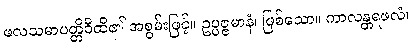
ဖလသမာပတ္တိဝီထိ၏ အစွမ်းဖြင့်။ ဥပ္ပဇ္ဇမာနံ၊ ဖြစ်သော။ ကာလန္တရဖလံ၊